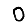
Digit: 0